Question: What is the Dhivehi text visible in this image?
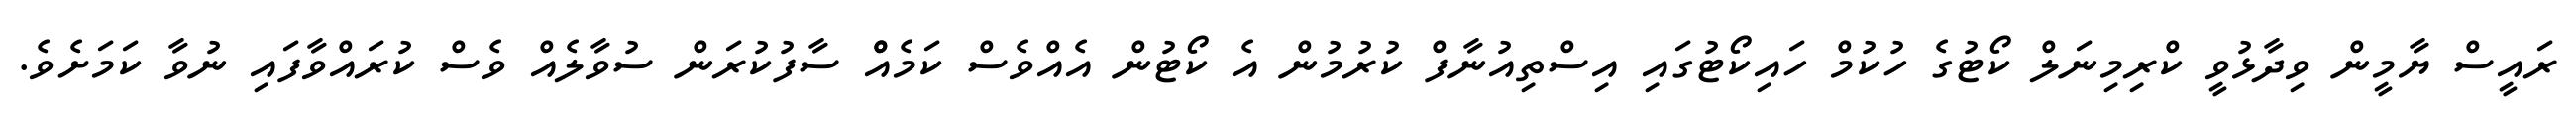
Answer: ރައީސް ޔާމީން ވިދާޅުވީ ކްރިމިނަލް ކޯޓުގެ ހުކުމް ހައިކޯޓުގައި އިސްތިއުނާފް ކުރުމުން އެ ކޯޓުން އެއްވެސް ކަމެއްް ސާފުކުރަން ސުވާލެއް ވެސް ކުރައްވާފައި ނުވާ ކަމަށެވެ.